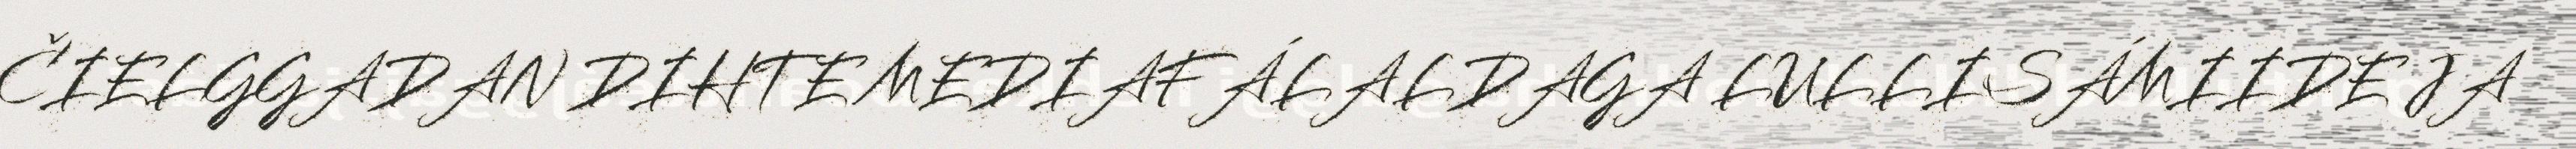
ČIELGGADAN DIHTE MEDIAFÁLALDAGA LULLISÁMIIDE JA